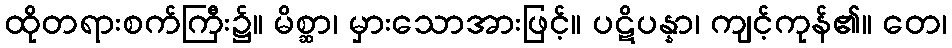
ထိုတရားစက်ကြီး၌။ မိစ္ဆာ၊ မှားသောအားဖြင့်။ ပဋိပန္နာ၊ ကျင့်ကုန်၏။ တေ၊